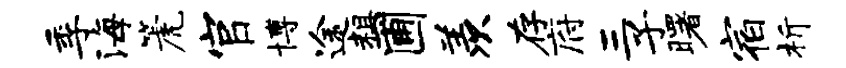
季海篪官博途粗圃羡存府三子曙宿析